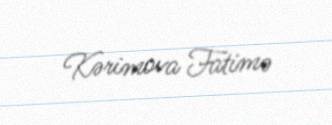
Kərimova Fatimə